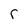
Character: r